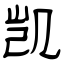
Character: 凯